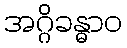
အဂ္ဂိခန္ဓာဝ